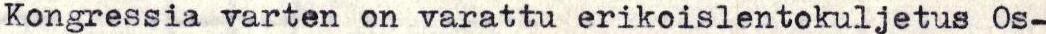
Kongressia varten on varattu erikoislentokuljetus Os-